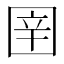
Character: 𭍤